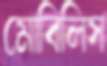
মোবিলিস